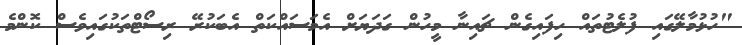
"ހުޅުމާލޭގައި ފުލެޓުތައް ހިފައިގެން ޗައިނާ މީހުން ގަދަޔަށް އެމަސައްކަތް އެބަކުރޭ ރިސޯޓްތަކުގައިވެސް ކޮންމެ